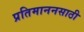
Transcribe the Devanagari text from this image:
प्रतिमाननसाठी